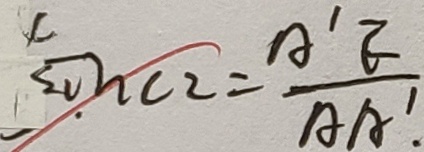
\sin C 2 = \frac { A ^ { \prime } E } { A A ^ { \prime } }